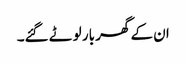
ان کے گھر بار لوٹے گئے۔